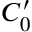
C _ { 0 } ^ { \prime }